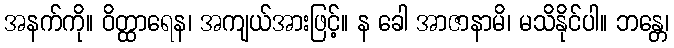
အနက်ကို။ ဝိတ္ထာရေန၊ အကျယ်အားဖြင့်။ န ခေါ အာဇာနာမိ၊ မသိနိုင်ပါ။ ဘန္တေ၊